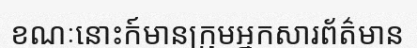
ខណៈនោះក៍មានក្រុមអ្នកសារព័ត៌មាន